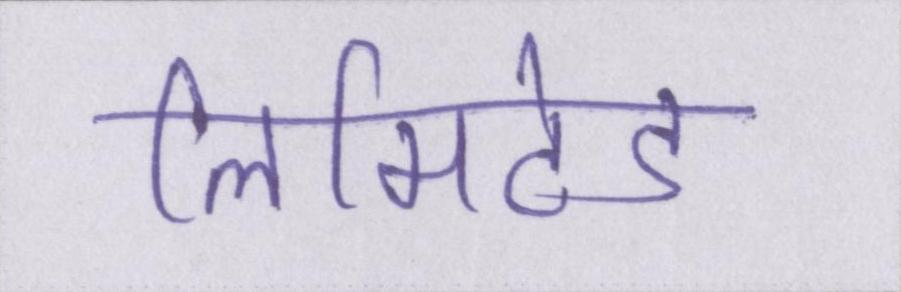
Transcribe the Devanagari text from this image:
लिमिटेड